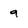
Character: 9